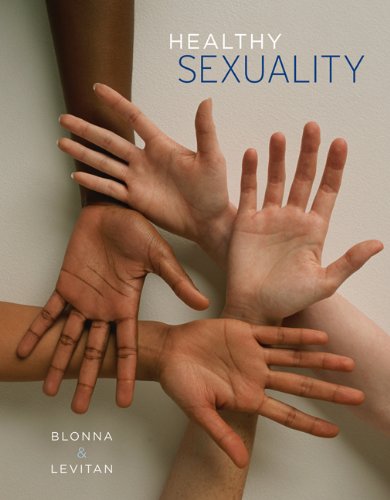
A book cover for Healthy Sexuality (with InfoTrac); Richard Blonna; Gay & Lesbian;